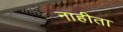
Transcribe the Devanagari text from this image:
नाहीता